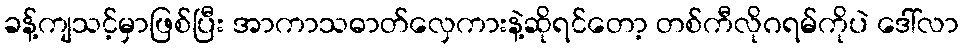
ခန့်ကျသင့်မှာဖြစ်ပြီး အာကာသဓာတ်လှေကားနဲ့ဆိုရင်တော့ တစ်ကီလိုဂရမ်ကိုပဲ ဒေါ်လာ